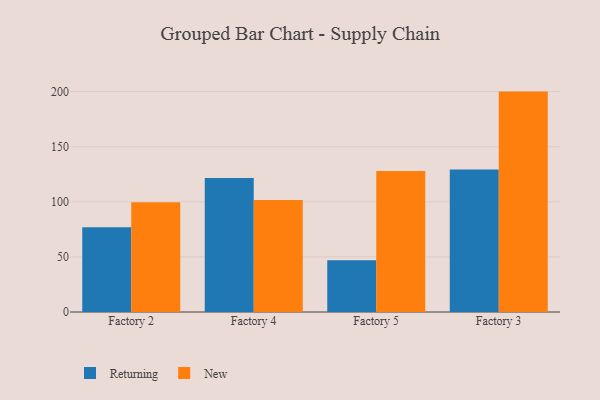
{"axis": {"x": "Factory", "y": "Headcount"}, "legend": ["New", "Returning"], "data": [{"x": "Factory 2", "y": 76.9, "type": "Returning"}, {"x": "Factory 2", "y": 99.5, "type": "New"}, {"x": "Factory 4", "y": 121.6, "type": "Returning"}, {"x": "Factory 4", "y": 101.6, "type": "New"}, {"x": "Factory 5", "y": 47.0, "type": "Returning"}, {"x": "Factory 5", "y": 127.9, "type": "New"}, {"x": "Factory 3", "y": 129.2, "type": "Returning"}, {"x": "Factory 3", "y": 200.0, "type": "New"}]}